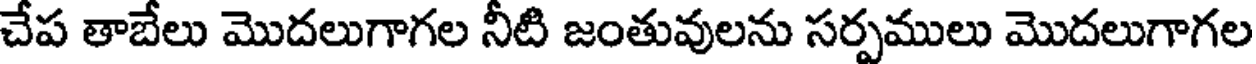
చేప తాబేలు మొదలుగాగల నీటి జంతువులను సర్పములు మొదలుగాగల